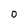
Character: O